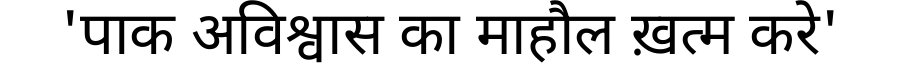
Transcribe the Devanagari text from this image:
'पाक अविश्वास का माहौल ख़त्म करे'